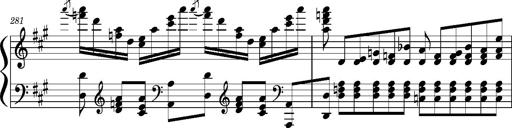
Title: Concerto sans orchestre, S.524a
Composer: Franz Liszt
Key: A major